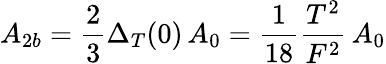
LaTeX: A_{2b}=\frac{2}{3}\Delta_{T}(0)\, A_{0}=\frac{1}{18}\frac{T^{2}}{F^{2}}\, A_{0}